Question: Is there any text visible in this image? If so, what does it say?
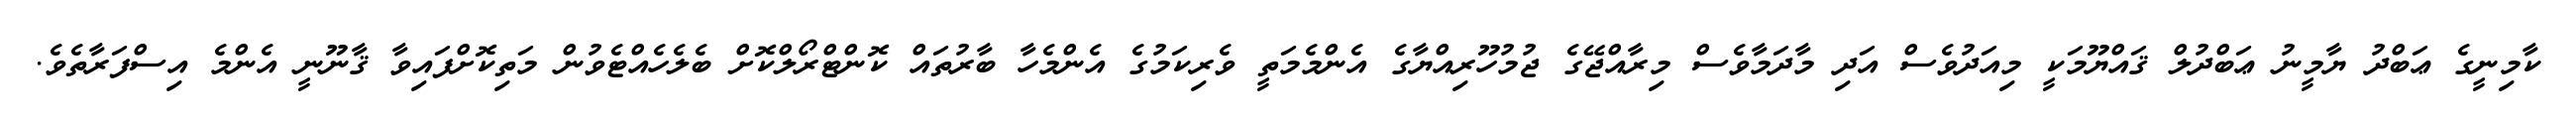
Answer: ކާމިނީގެ ޢަބްދު ޔާމީނު ޢަބްދުލް ޤައްޔޫމަކީ މިއަދުވެސް އަދި މާދަމާވެސް މިރާއްޖޭގެ ޖުމުހޫރިއްޔާގެ އެންމެމަތީ ވެރިކަމުގެ އެންމެހާ ބާރުތައް ކޮންޓްރޯލްކޮށް ބެލެހެއްޓެވުން މަތިކޮށްފައިވާ ޤާނޫނީ އެންމެ އިސްފަރާތެވެ.